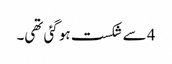
4 سے شکست ہو گئی تھی۔